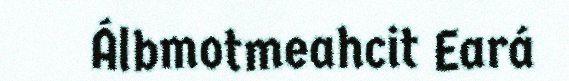
Álbmotmeahcit Eará